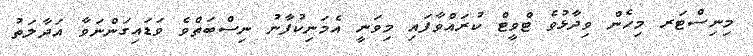
މިނިސްޓަރ މިހެން ވިދާޅުވެ ޓްވީޓް ކުރައްވާފައި މިވަނީ އެމަނިކުފާނު ނިސްބަތްވެ ވަޑައިގަންނަވާ އަދާލަތު